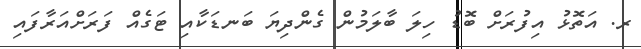
ރ. އަތޮޅު އިފުރަށް ބޮޑު ހިލަ ބާލަމުން ގެންދިޔަ ބަނޑަކާއި ޓަގެއް ފަރަށްއަރާފައި